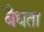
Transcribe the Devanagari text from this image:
बैधता